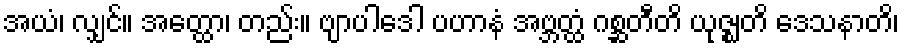
အယံ၊ လျှင်။ အတ္ထော၊ တည်း။ ဗျာပါဒေါ ပဟာနံ အဗ္ဘတ္ထံ ဂစ္ဆတီတိ ယုဇ္ဈတိ ဒေသနာတိ၊